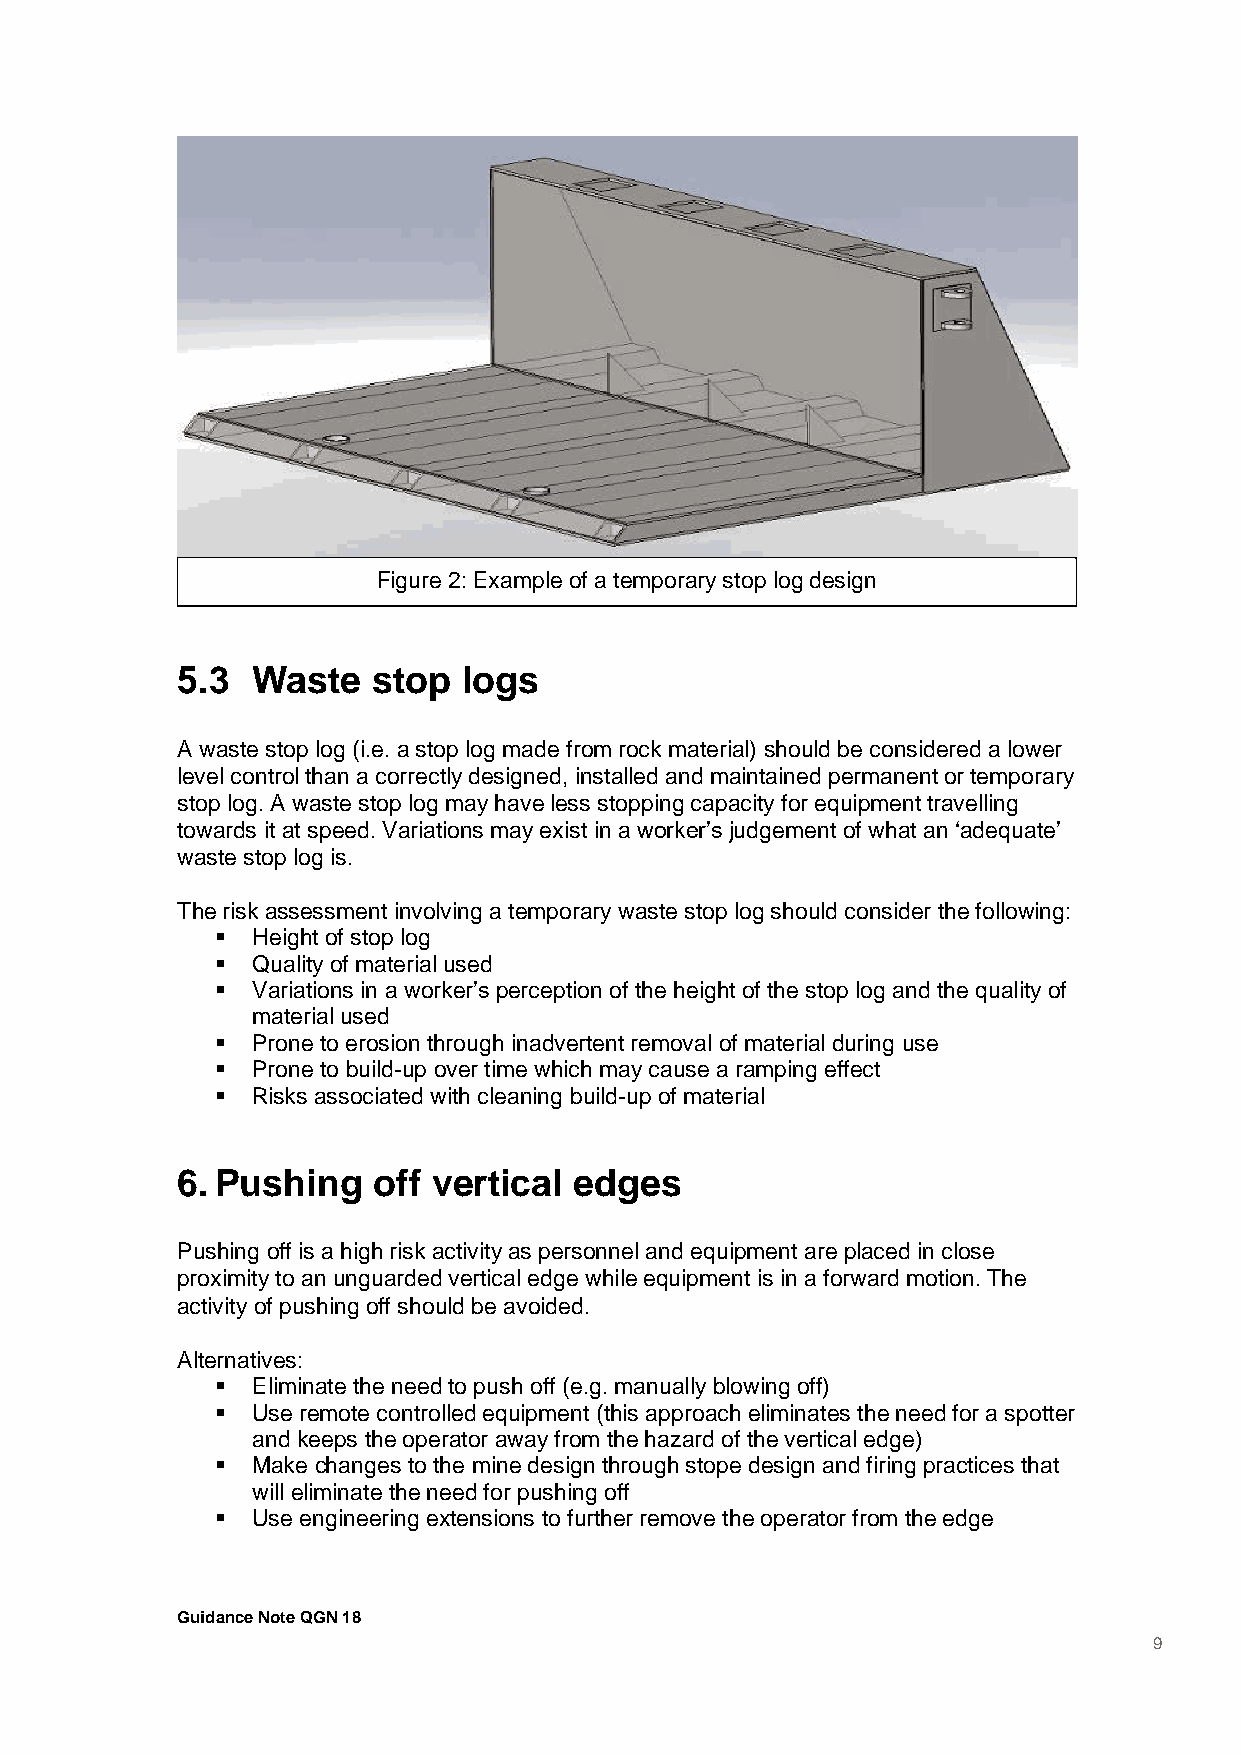
Figure 2: Example of a temporary stop log design
 5.3  Waste   stop  logs
 A waste stop log (i.e. a stop log made from rock material) should be considered a lower
 level control than a correctly designed, installed and maintained permanent or temporary
 stop log. A waste stop log may have less stopping capacity for equipment travelling
 towards it at speed. Variations may exist in a worker’s judgement of what an ‘adequate’
 waste stop log is.
 The risk assessment involving a temporary waste stop log should consider the following:
   Height of stop log
   Quality of material used
   Variations in a worker’s perception of the height of the stop log and the quality of
 material used
   Prone to erosion through inadvertent removal of material during use
   Prone to build-up over time which may cause a ramping effect
   Risks associated with cleaning build-up of material
 6. Pushing   off vertical edges
 Pushing off is a high risk activity as personnel and equipment are placed in close
 proximity to an unguarded vertical edge while equipment is in a forward motion. The
 activity of pushing off should be avoided.
 Alternatives:
   Eliminate the need to push off (e.g. manually blowing off)
   Use remote controlled equipment (this approach eliminates the need for a spotter
 and keeps the operator away from the hazard of the vertical edge)
   Make changes to the mine design through stope design and firing practices that
 will eliminate the need for pushing off
   Use engineering extensions to further remove the operator from the edge
 Guidance Note QGN 18
 9